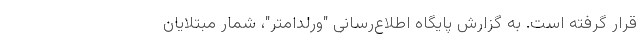
قرار گرفته است. به گزارش پایگاه اطلاع‌رسانی "ورلداُمتر"، شمار مبتلایان